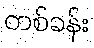
တစ်ခန်း